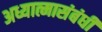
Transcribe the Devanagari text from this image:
अध्यात्मासंबंधी